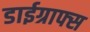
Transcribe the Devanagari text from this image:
डाईग्राफ्स